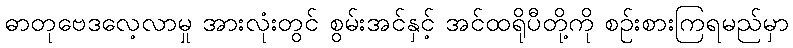
ဓာတုဗေဒလေ့လာမှု အားလုံးတွင် စွမ်းအင်နှင့် အင်ထရိုပီတို့ကို စဉ်းစားကြရမည်မှာ